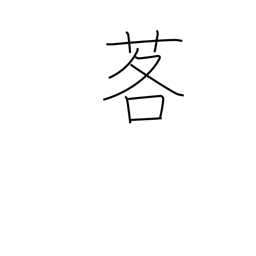
Meaning: mountain leek